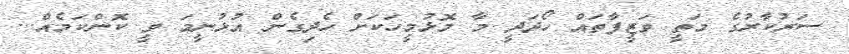
ސަރުކާރުގެ މަތީ ވަޒީފާތައް ހޯދަދީ މާ މޮޅުމީހަކަށް ހެދިގެން އުޅުނީމަ ވީ ކޮންކަމެއް...